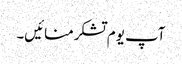
آپ یوم تشکرمنائیں۔